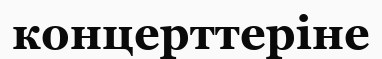
концерттеріне